Scottish Certificate of Education, 1962
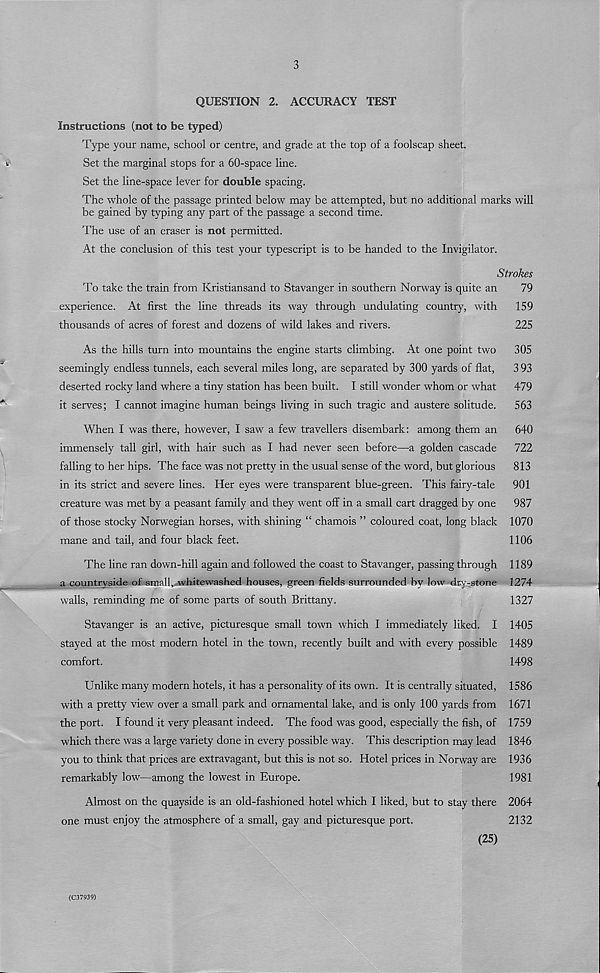
3
QUESTION 2. ACCURACY TEST
Instructions (not to be typed)
Type your name, school or centre, and grade at the top of a foolscap sheet.
Set the marginal stops for a 60-space line.
Set the line-space lever for double spacing.
The whole of the passage printed below may be attempted, but no additional marks will
be gained by typing any part of the passage a second time.
The use of an eraser is not permitted.
At the conclusion of this test your typescript is to be handed to the Invigilator.
Strokes
To take the train from Kristiansand to Stavanger in southern Norway is quite an
79
experience. At first the line threads its way through undulating country, with
159
thousands of acres of forest and dozens of wild lakes and rivers.
225
As the hills turn into mountains the engine starts climbing. At one point two
305
seemingly endless tunnels, each several miles long, are separated by 300 yards of flat,
3 93
deserted rocky land where a tiny station has been built. I still wonder whom or what
479
it serves; I cannot imagine human beings living in such tragic and austere solitude.
563
When I was there, however, I saw a few travellers disembark: among them an
640
immensely tall girl, with hair such as I had never seen before—a golden cascade
722
falling to her hips. The face was not pretty in the usual sense of the word, but glorious
813
in its strict and severe lines. Her eyes were transparent blue-green. This fairy-tale
901
creature was met by a peasant family and they went off in a small cart dragged by one
987
of those stocky Norwegian horses, with shining “ chamois ” coloured coat, long black 1070
mane and tail, and four black feet.
1106
The line ran down-hill again and followed the coast to Stavanger, passing through 1189
a countryside of small, whitewashed houses, green fields surrounded by low dry-stone 1274
walls, reminding me of some parts of south Brittany.
1327
Stavanger is an active, picturesque small town which I immediately liked. I 1405
stayed at the most modern hotel in the town, recently built and with every possible 1489
comfort.
1498
Unlike many modern hotels, it has a personality of its own. It is centrally situated, 1586
with a pretty view over a small park and ornamental lake, and is only 100 yards from 1671
the port. I found it very pleasant indeed. The food was good, especially the fish, of 1759
which there was a large variety done in every possible way. This description may lead 1846
you to think that prices are extravagant, but this is not so. Hotel prices in Norway are 1936
remarkably low—among the lowest in Europe.
1981
Almost on the quayside is an old-fashioned hotel which I liked, but to stay there 2064
one must enjoy the atmosphere of a small, gay and picturesque port.
2132
(25)
(C37939)